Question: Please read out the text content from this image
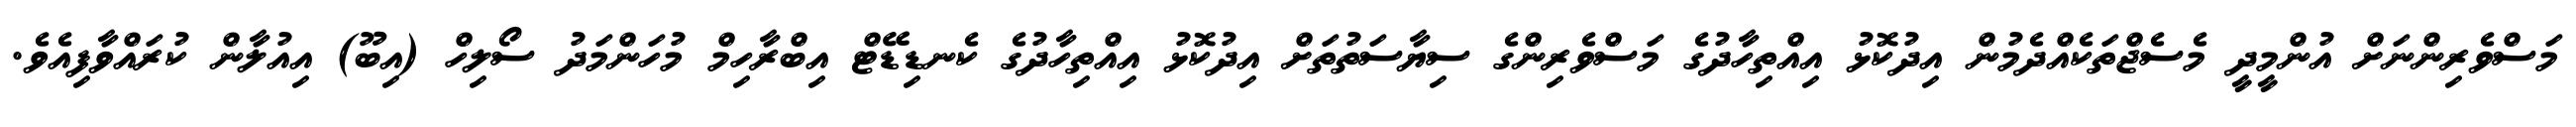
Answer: މަސްވެރިންނަށް އުންމީދީ މެސެޖްތަކެއްދެމުން އިދުކޮޅު އިއްތިހާދުގެ މަސްވެރިންގެ ސިޔާސަތުތަށް އިދުކޮޅު އިއްތިހާދުގެ ކެނޑިޑޭޓް އިބްރާހިމް މުހަންމަދު ސޯލިހް (އިބޫ) އިއުލާން ކުރައްވާފިއެވެ.